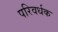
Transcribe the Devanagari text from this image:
परिवर्धक